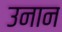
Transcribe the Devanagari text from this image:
उनान